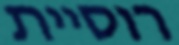
רוסיית